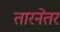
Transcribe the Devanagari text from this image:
तारनेतर